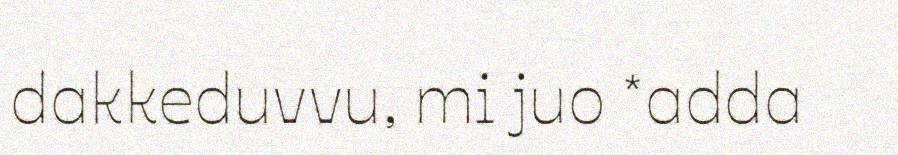
dakkeduvvu, mi juo *adda